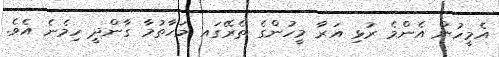
އެމީހުން އެންމެ ރުޅި އަރާ މީހުންގެ ތެރޭގައ މަހާތުމާ ގާންދީ ހިމެނެ އެވެ.